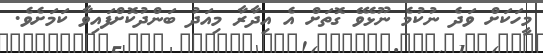
މީހަކަށް ވަދެ ނުކުމެ ނޫޅެވޭ ގޮތަށް އެ އިދާރާ މިއަދު ބަންދުކޮށްފައިވާ ކަމަށެވެ.